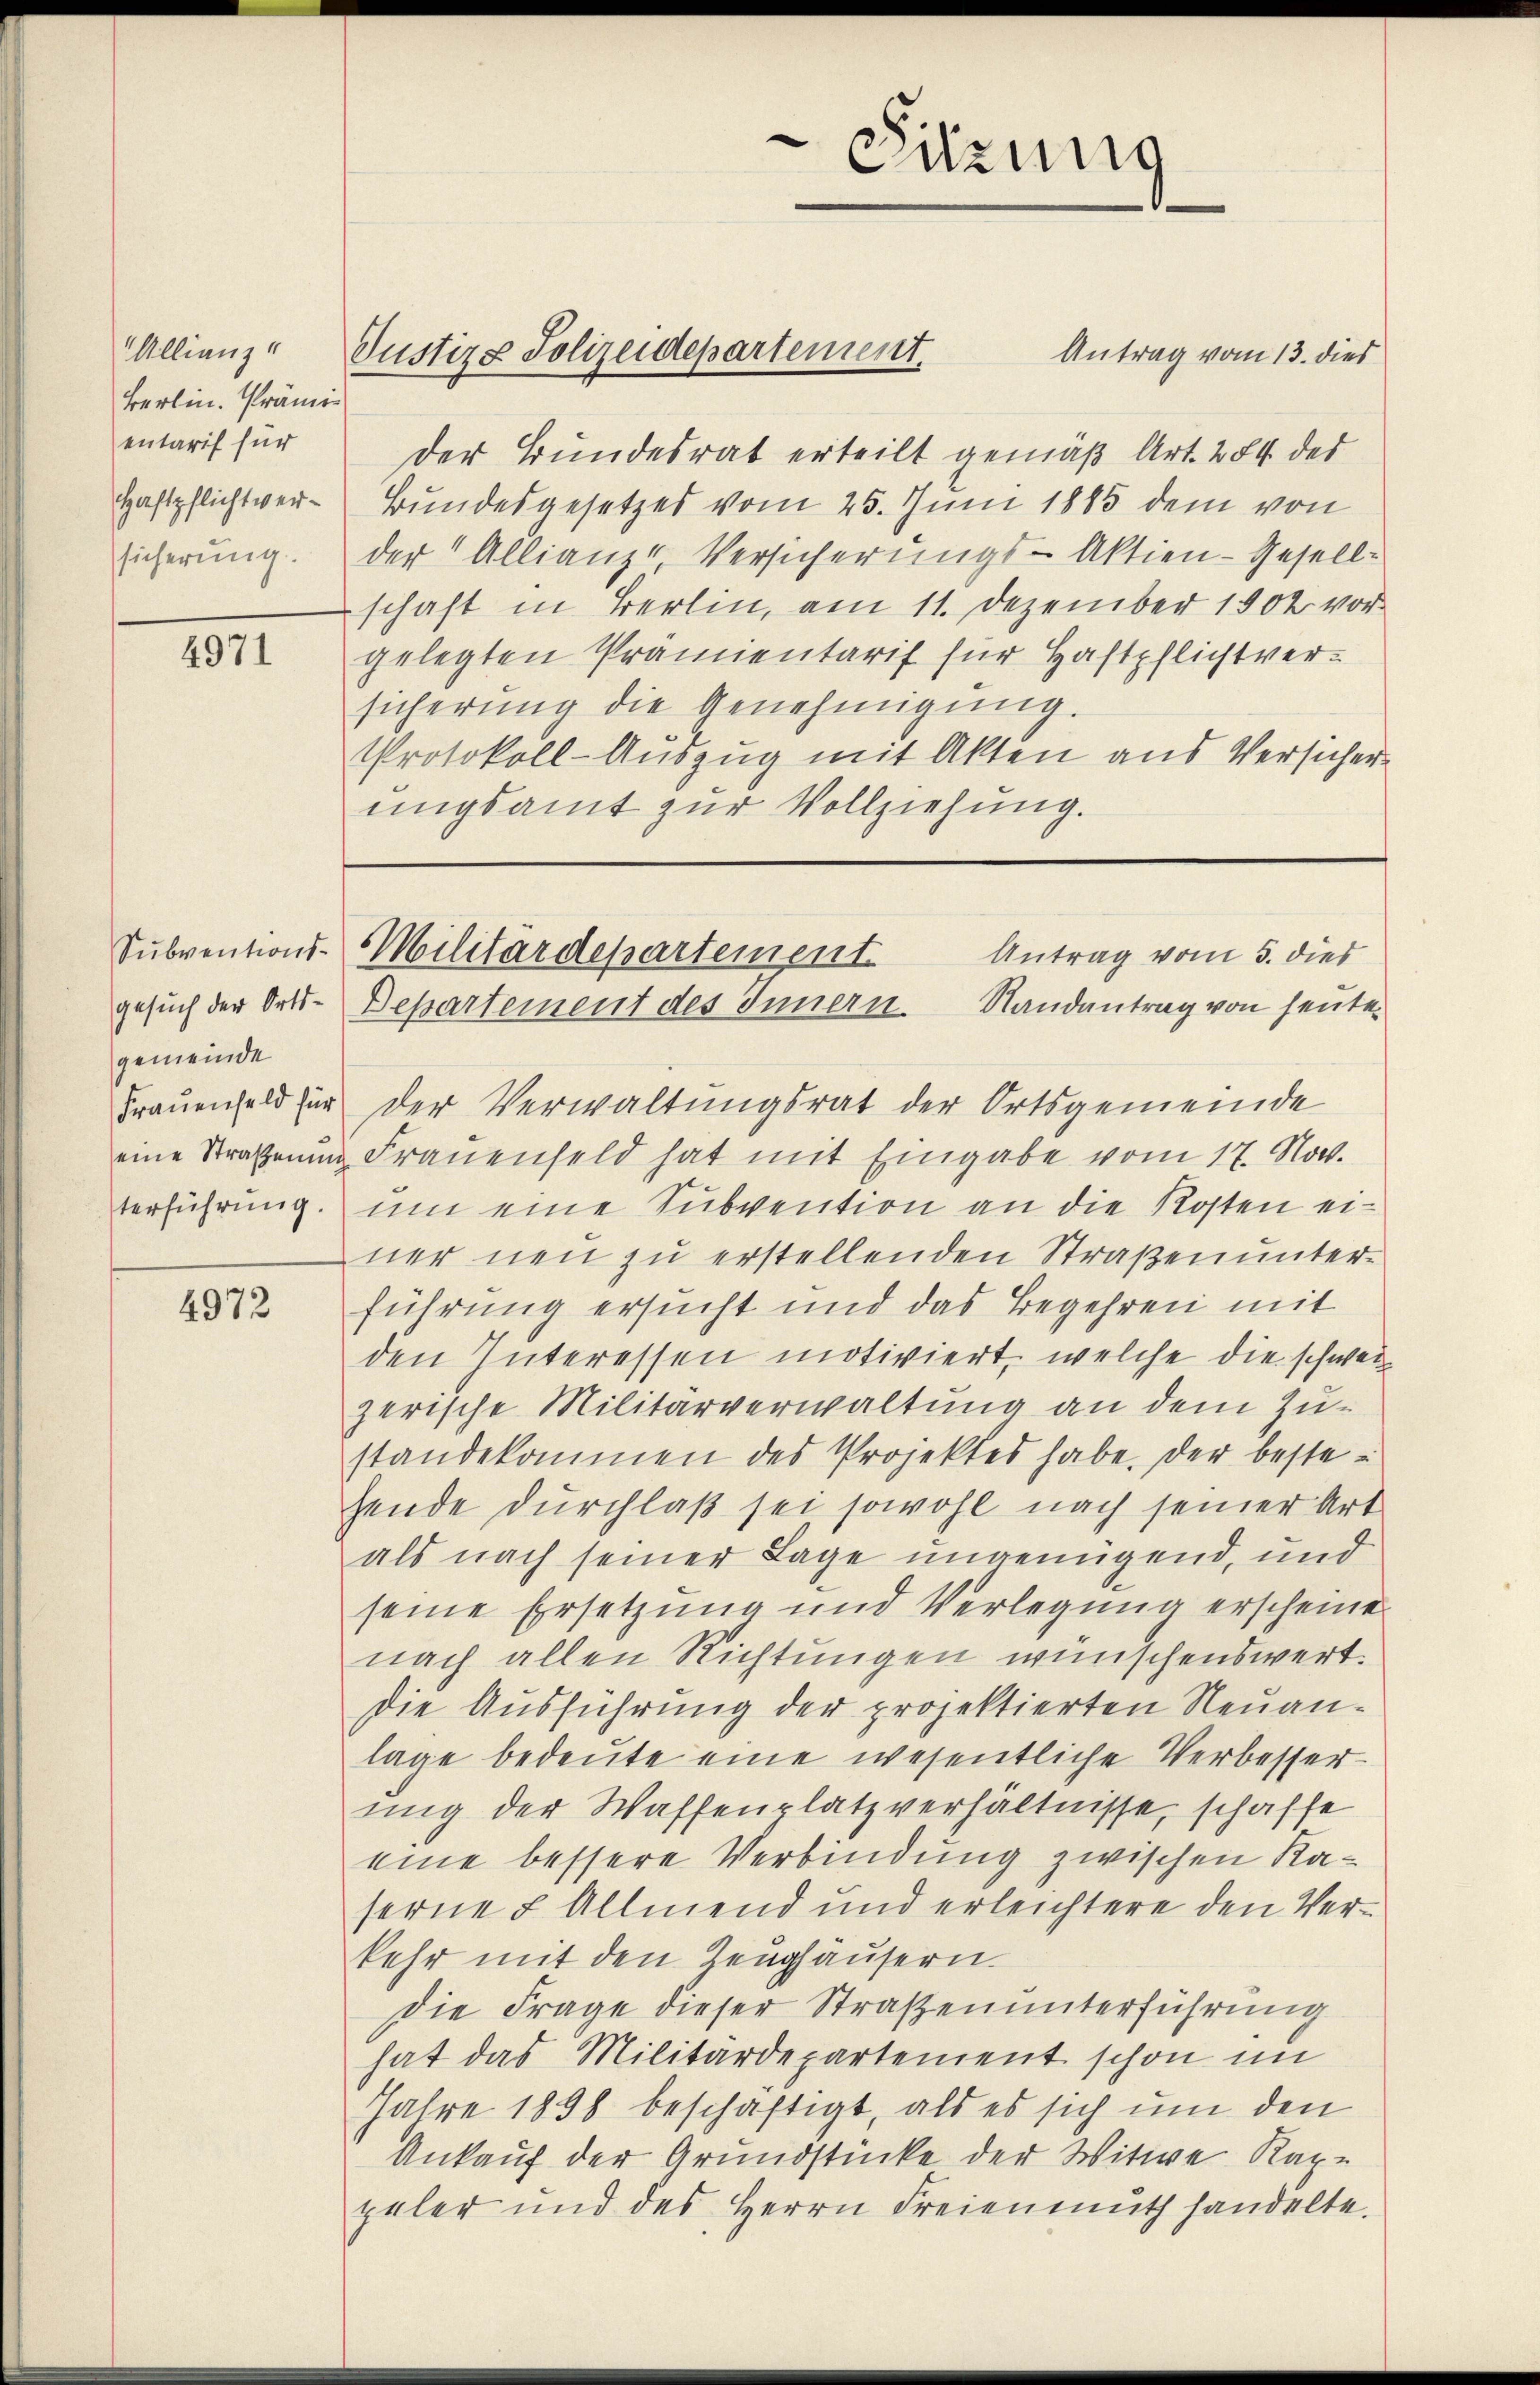
Allianz
Berlin. Prämie
entarif für
Haftpflicht versicherung.

4971

Subventions-
Gesuch der Ortsgemeinde
Frauenfeld für
eine Straßenung
terführŭng.

4972

Justiz- Polizeidepartement.

Antrag vom 13. dies
der Bundesrat erteilt gemäß Art. 284 des
Bundesgesetzes vom 25. Juni 1885 dem von
der Allianz-Versicherungs-Aktien-Gesellschaft in Berlin, am 11. Dezember 1902 vorgelegten Prämientarif für Haftpflichtversicherung die Genehmigŭng.
Protokoll-Auszug mit Akten aus Versicher
ungsamt zur Vollziehung.

Sitzung

der Verwaltungsrat der Ortsgemeinde
Frauenfeld hat mit Eingabe vom 17. Nov.
um eine Subvention an die Kosten einer neu zu erstellenden Straßenunterführung ersucht und das Begehren mit
den Interessen motiviert, welche die schweize
zerische Militärverwaltung an dem Zustandekommen des Projektes habe, der bestehende durchlaß sei sowohl nach seiner Art
als nach seiner Lage ungenügend, und
seine Ersetzung und Verlegung erscheine
nach allen Richtungen wünschenswert.
die Ausführung der projektierten Neuanlage bedeute eine wesentliche Verbesser-
ung der Waffenplatzverhältnisse, schaffe
eine bessere Verbindung zwischen Kaserne u. Allmend und erleichtere den Verkehr mit den Zeughausern.
Die Frage dieser Straßenunterführung
hat das Militärdepartement schon im
Jahre 1898 beschäftigt, als es sich um den
Ankauf der Grundstücke der Witwe Kape
peler und des Herrn Freienmuth handelte.

Militärdepartement.
Antrag vom 5. dies
Departement des Innern. Randantrag von heute¬